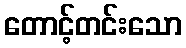
တောင့်တင်းသော